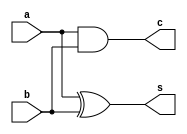
`timescale 1ns / 1ps
//////////////////////////////////////////////////////////////////////////////////
// Company: 
// Engineer: 
// 
// Design Name: 
// Module Name:    halfadder 
// Project Name: 
// Target Devices: 
// Tool versions: 
// Description: 
//
// Dependencies: 
//
// Revision: 
// Revision 0.01 - File Created
// Additional Comments: 
//
//////////////////////////////////////////////////////////////////////////////////
module halfadder(
    input a,
    input b,
    output s,
    output c
    );
xor(s, a, b);
and(c, a, b);

endmodule